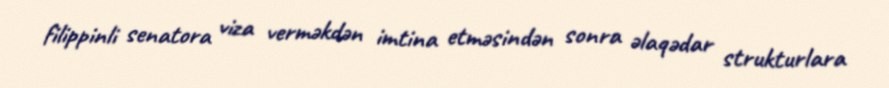
filippinli senatora viza verməkdən imtina etməsindən sonra əlaqədar strukturlara